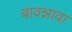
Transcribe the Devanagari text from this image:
बावन्नावा